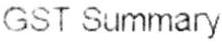
GST SUMMARY